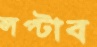
লপ্‌টাব